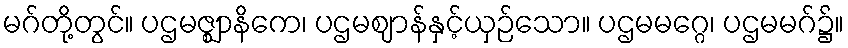
မဂ်တို့တွင်။ ပဌမဇ္ဈာနိကေ၊ ပဌမဈာန်နှင့်ယှဉ်သော။ ပဌမမဂ္ဂေ၊ ပဌမမဂ်၌။